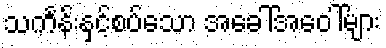
သင်္ကန်းနှင့်စပ်သော အခေါ်အဝေါ်များ